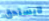
لايستحق